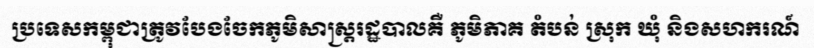
ប្រទេសកម្ពុជាត្រូវបែងចែកភូមិសាស្ត្ររដ្ឋបាលគឺ ភូមិភាគ តំបន់ ស្រុក ឃុំ និងសហករណ៍